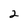
Character: 2